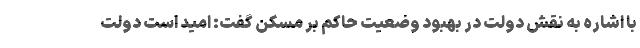
با اشاره به نقش دولت در بهبود وضعیت حاکم بر مسکن گفت: امید است دولت